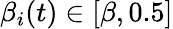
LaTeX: \beta_{i}(t)\in[\beta,0.5]